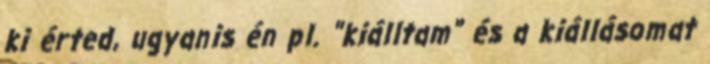
ki érted, ugyanis én pl. "kiálltam" és a kiállásomat